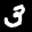
Label: 3